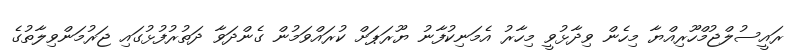
ރައީސުލްޖުމްހޫރިއްޔާ މިހެން ވިދާޅުވީ މިހާރު އެމަނިކުފާނު ޔޫރަޕަށް ކުރައްވަމުން ގެންދަވާ ދަތުރުފުޅުގައި ޖަރުމަންވިލާތުގެ